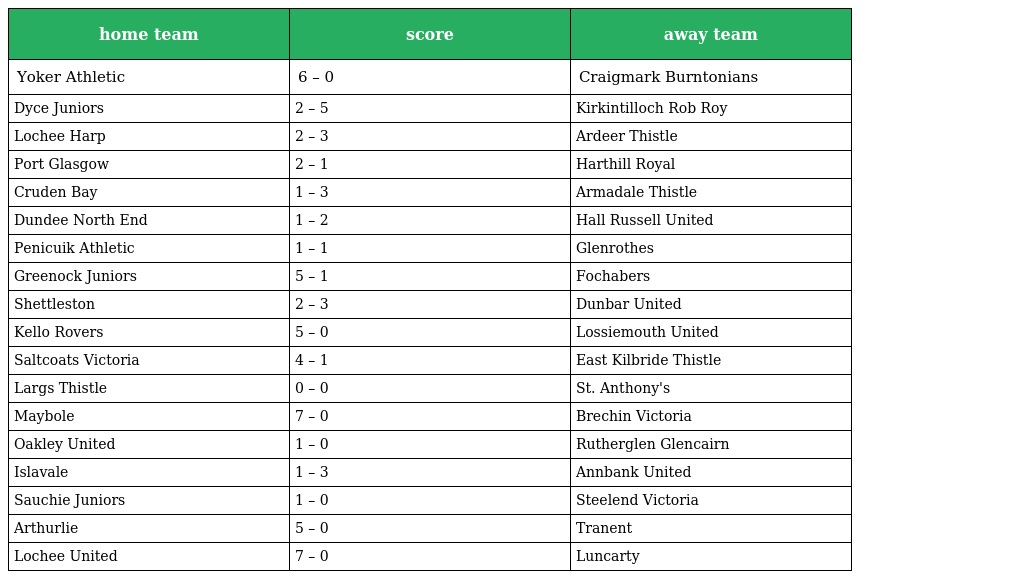
| home team | score | away team |
 | --- | --- | --- |
 | Yoker Athletic | 6 – 0 | Craigmark Burntonians |
 | Dyce Juniors | 2 – 5 | Kirkintilloch Rob Roy |
 | Lochee Harp | 2 – 3 | Ardeer Thistle |
 | Port Glasgow | 2 – 1 | Harthill Royal |
 | Cruden Bay | 1 – 3 | Armadale Thistle |
 | Dundee North End | 1 – 2 | Hall Russell United |
 | Penicuik Athletic | 1 – 1 | Glenrothes |
 | Greenock Juniors | 5 – 1 | Fochabers |
 | Shettleston | 2 – 3 | Dunbar United |
 | Kello Rovers | 5 – 0 | Lossiemouth United |
 | Saltcoats Victoria | 4 – 1 | East Kilbride Thistle |
 | Largs Thistle | 0 – 0 | St. Anthony's |
 | Maybole | 7 – 0 | Brechin Victoria |
 | Oakley United | 1 – 0 | Rutherglen Glencairn |
 | Islavale | 1 – 3 | Annbank United |
 | Sauchie Juniors | 1 – 0 | Steelend Victoria |
 | Arthurlie | 5 – 0 | Tranent |
 | Lochee United | 7 – 0 | Luncarty |